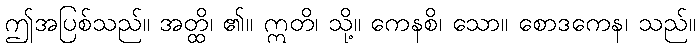
ဤအပြစ်သည်။ အတ္ထိ၊ ၏။ ဣတိ၊ သို့။ ကေနစိ၊ သော။ စောဒကေန၊ သည်။